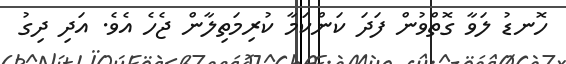
ހޮނޑު ލަވާ ގޮތްވުން ފަދަ ކަންކަމާ ކުރިމަތިލާން ޖެހެ އެވެ. އަދި ދިގު